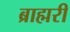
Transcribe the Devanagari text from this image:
ब्राह्मरी